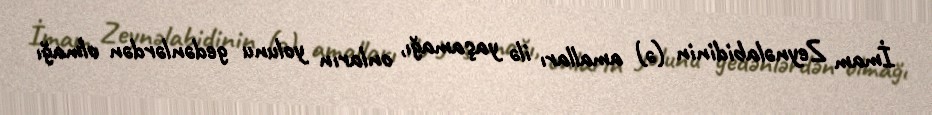
İmam Zeynəlabidinin (ə) amalları ilə yaşamağı, onların yolunu gedənlərdən olmağı